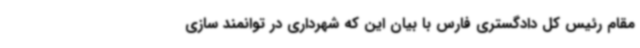
مقام رئیس کل دادگستری فارس با بیان این که شهرداری در توانمند سازی